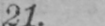
21.